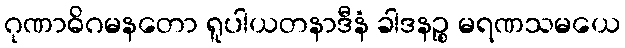
ဂုဏာဓိဂမနတော ရူပါယတနာဒီနံ ခါဒနဉ္စ မရဏသမယေ